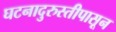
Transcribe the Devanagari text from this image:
घटनादुरुस्तीपासून